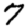
Digit: 7